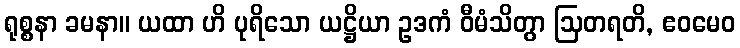
ရုစ္စနာ ခမနာ။ ယထာ ဟိ ပုရိသော ယဋ္ဌိယာ ဥဒကံ ဝီမံသိတွာ ဩတရတိ, ဧဝမေဝ